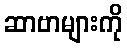
ဆာဗာများကို